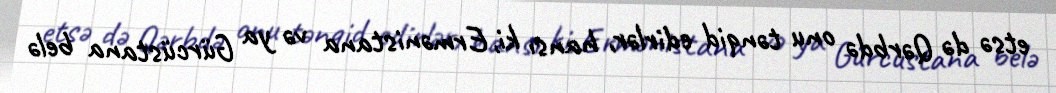
etsə də Qərbdə onu tənqid edirlər, hansı ki, Ermənistana və ya Gürcüstana belə